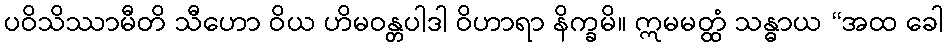
ပဝိသိဿာမီတိ သီဟော ဝိယ ဟိမဝန္တပါဒါ ဝိဟာရာ နိက္ခမိ။ ဣမမတ္ထံ သန္ဓာယ “အထ ခေါ